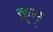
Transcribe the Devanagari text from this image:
क़्न्